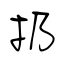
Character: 扔